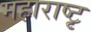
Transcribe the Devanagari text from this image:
महाराष्टृ